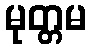
မုတ္တမ